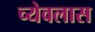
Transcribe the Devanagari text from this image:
च्येवलास